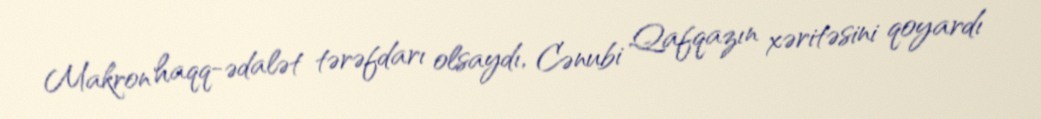
Makron haqq-ədalət tərəfdarı olsaydı, Cənubi Qafqazın xəritəsini qoyardı